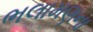
ભલામણના